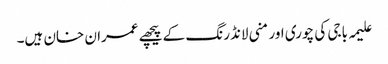
علیمہ باجی کی چوری اور منی لانڈرنگ کے پیچھے عمران خان ہیں۔